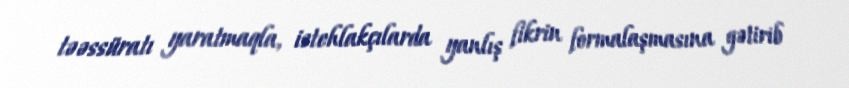
təəssüratı yaratmaqla, istehlakçılarda yanlış fikrin formalaşmasına gətirib